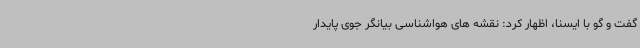
گفت و گو با ایسنا، اظهار کرد: نقشه های هواشناسی بیانگر جوی پایدار